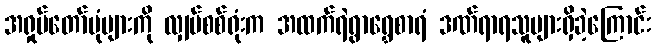
အရှုပ်တော်ပုံများကို လျှပ်စစ်ရုံးက အထက်ရဲရွာရွှေစာရံ ဒဏ်ရာရသူများရှိခဲ့ကြောင်း